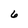
Character: 6